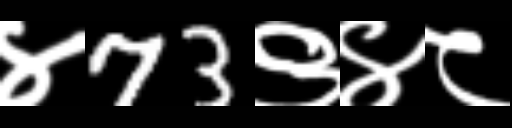
Text: ४73९४८